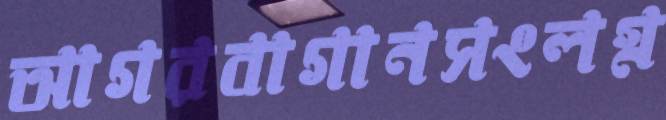
আগরবাগানসংলগ্ন